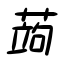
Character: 蒟